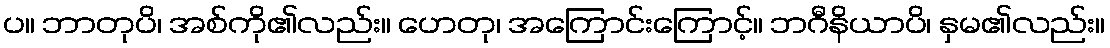
ပ။ ဘာတုပိ၊ အစ်ကို၏လည်း။ ဟေတု၊ အကြောင်းကြောင့်။ ဘဂီနိယာပိ၊ နှမ၏လည်း။